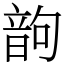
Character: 𩐝